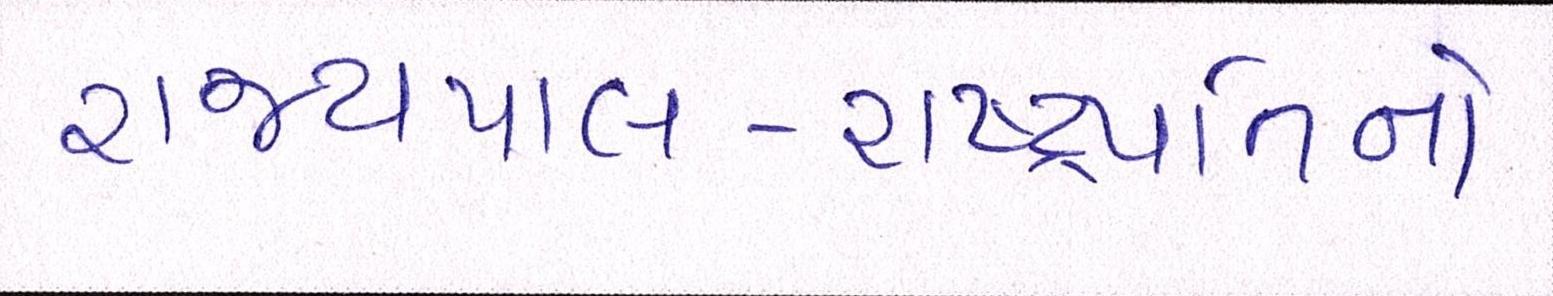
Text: રાજ્યપાલ-રાષ્ટ્રપતિનો